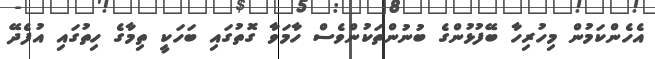
އެހެންކަމުން މިހުރިހާ ބޭފުޅުންގެ ބުނުންތަކުންވެސް ހާމަވާ ގޮތުގައި ބަހަކީ ތިމާގެ ހިތުގައި އުފެދޭ